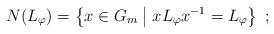
LaTeX: \begin{align*}N(L_\varphi)= \left\{x\in G_m\;\middle|\;xL_\varphi x^{-1}=L_\varphi\right\}\ ;\end{align*}